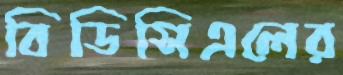
বিডিসিএলের